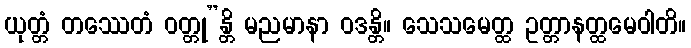
ယုတ္တံ တဿေတံ ဝတ္တု”န္တိ မညမာနာ ဝဒန္တိ။ သေသမေတ္ထ ဥတ္တာနတ္ထမေဝါတိ။